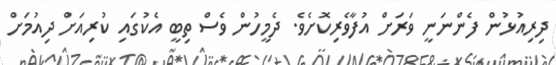
ދިރިއުޅުން ފެންނަނީ ވަރަށް އުފާވެރިކޮށެވެ. ދެމީހުން ވެސް ތިބީ އެކުގައި ކުރިއަށް ދިއުމަށް